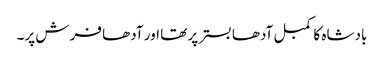
بادشاہ کا کمبل آدھا بستر پر تھا اور آدھا فرش پر۔